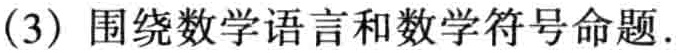
(3) 围绕数学语言和数学符号命题.